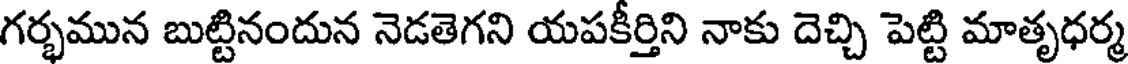
గర్భమున బుట్టినందున నెడతెగని యపకీర్తిని నాకు దెచ్చి పెట్టి మాతృధర్మ